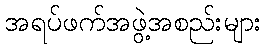
အရပ်ဖက်အဖွဲ့အစည်းများ